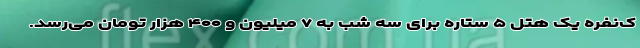
ک‌نفره یک هتل ۵ ستاره برای سه شب به ۷ میلیون و ۴۰۰ هزار تومان می‌رسد.